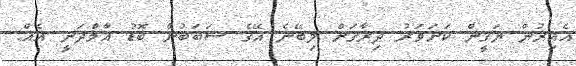
އެއިރުން ޔަގީން ކަށަވަރު ދިރާގަށް ލިބޭނެ އޭގެ ސަބަބުން ބޮޑު އާމްދަނީ އެއް.